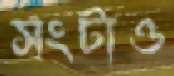
সংটাও